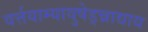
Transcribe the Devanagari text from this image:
वर्त्तयाम्यायुषेड्न्नाद्याय